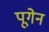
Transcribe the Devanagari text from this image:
पूगेन